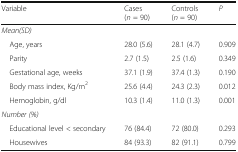
<table><thead><tr><td><b>Variable</b></td><td><b>Cases (<i>n</i> = 90)</b></td><td><b>Controls (<i>n</i> = 90)</b></td><td><b><i>P</i></b></td></tr></thead><tbody><tr><td colspan="4"><i>Mean(SD)</i></td></tr><tr><td> Age, years</td><td>28.0 (5.6)</td><td>28.1 (4.7)</td><td>0.909</td></tr><tr><td> Parity</td><td>2.7 (1.5)</td><td>2.5 (1.6)</td><td>0.349</td></tr><tr><td> Gestational age, weeks</td><td>37.1 (1.9)</td><td>37.4 (1.3)</td><td>0.190</td></tr><tr><td> Body mass index, Kg/m<sup>2</sup></td><td>25.6 (4.4)</td><td>24.3 (2.3)</td><td>0.012</td></tr><tr><td> Hemoglobin, g/dl</td><td>10.3 (1.4)</td><td>11.0 (1.3)</td><td>0.001</td></tr><tr><td colspan="4"><i>Number (%)</i></td></tr><tr><td> Educational level &lt; secondary</td><td>76 (84.4)</td><td>72 (80.0)</td><td>0.293</td></tr><tr><td> Housewives</td><td>84 (93.3)</td><td>82 (91.1)</td><td>0.799</td></tr></tbody></table>